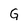
Character: G